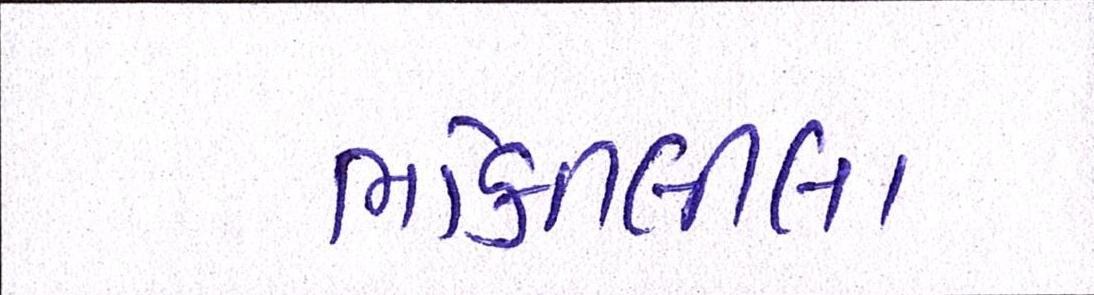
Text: ભક્તિલીલા